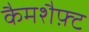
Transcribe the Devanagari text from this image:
कैमशैफ़्ट